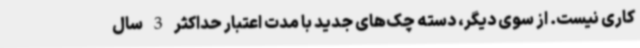
کاری نیست. از سوی دیگر، دسته چک‌های جدید با مدت اعتبار حداکثر 3 ‌سال